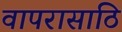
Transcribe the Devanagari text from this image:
वापरासाठि